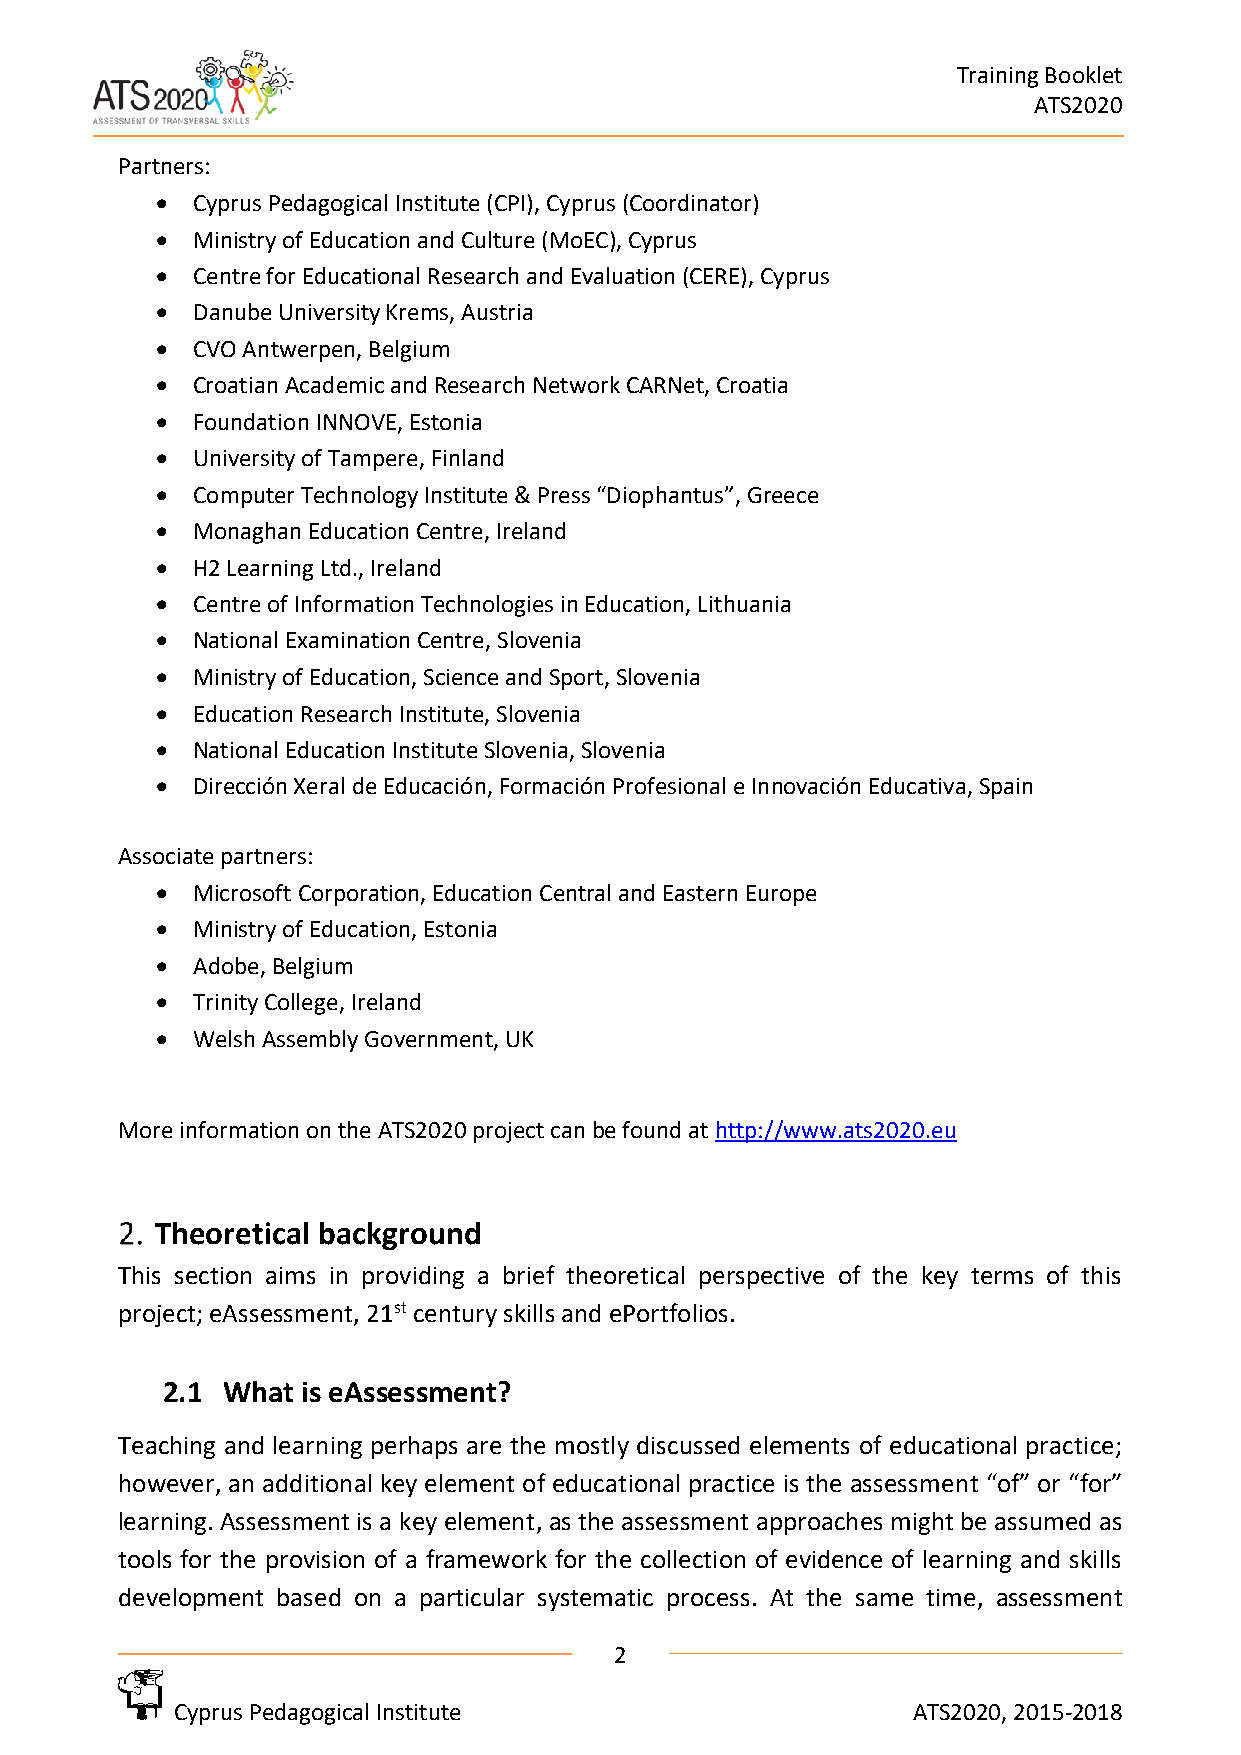
Training Booklet
 ATS2020
 Partners:
 •  Cyprus Pedagogical Institute (CPI), Cyprus (Coordinator)
 •  Ministry of Education and Culture (MoEC), Cyprus
 •  Centre for Educational Research and Evaluation (CERE), Cyprus
 •  Danube University Krems, Austria
 •  CVO Antwerpen, Belgium
 •  Croatian Academic and Research Network CARNet, Croatia
 •  Foundation INNOVE, Estonia
 •  University of Tampere, Finland
 •  Computer Technology Institute & Press “Diophantus”, Greece
 •  Monaghan Education Centre, Ireland
 •  H2 Learning Ltd., Ireland
 •  Centre of Information Technologies in Education, Lithuania
 •  National Examination Centre, Slovenia
 •  Ministry of Education, Science and Sport, Slovenia
 •  Education Research Institute, Slovenia
 •  National Education Institute Slovenia, Slovenia
 •  Dirección Xeral de Educación, Formación Profesional e Innovación Educativa, Spain
 Associate partners:
 •  Microsoft Corporation, Education Central and Eastern Europe
 •  Ministry of Education, Estonia
 •  Adobe, Belgium
 •  Trinity College, Ireland
 •  Welsh Assembly Government, UK
 More information on the ATS2020 project can be found at http://www.ats2020.eu
 Theoretical background
 This section aims in providing a brief theoretical perspective of the key terms of this
 project; eAssessment, 21st century skills and ePortfolios.
 2.1 What is eAssessment?
 Teaching and learning perhaps are the mostly discussed elements of educational practice;
 however, an additional key element of educational practice is the assessment “of” or “for”
 learning. Assessment is a key element, as the assessment approaches might be assumed as
 tools for the provision of a framework for the collection of evidence of learning and skills
 development based on a particular systematic process. At the same time, assessment
 2
 Cyprus Pedagogical Institute                    ATS2020, 2015-2018